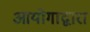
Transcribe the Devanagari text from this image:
आयोगाद्वारा